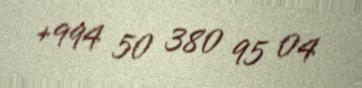
+994 50 380 95 04